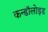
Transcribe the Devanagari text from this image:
कन्डॉलोइड